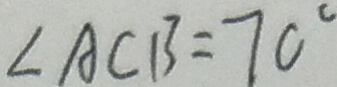
\angle A C B = 7 0 ^ { \circ }